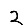
Digit: 2